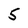
Character: 5